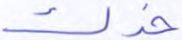
خدك